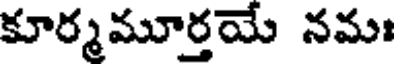
కూర్మమూర్తయే నమః